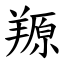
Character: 羱